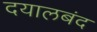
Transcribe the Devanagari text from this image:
दयालबंद